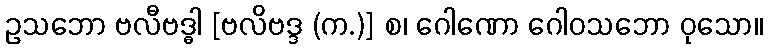
ဥသဘော ဗလီဗဒ္ဓါ [ဗလိဗဒ္ဒ (က.)] စ၊ ဂေါဏော ဂေါဝသဘော ဝုသော။